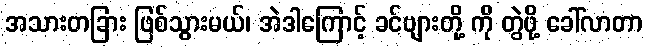
အသားတခြား ဖြစ်သွားမယ်၊ အဲဒါကြောင့် ခင်ဗျားတို့ ကို တွဲဖို့ ခေါ်လာတာ